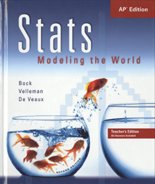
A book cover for Stats: Modeling the World, AP Edition; David E. Bock; Teen & Young Adult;